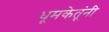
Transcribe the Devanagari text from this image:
धूमकेतूंनी